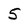
Character: 5